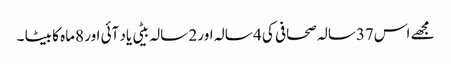
مجھے اس37سالہ صحافی کی 4 سالہ اور 2 سالہ بیٹی یاد آئی اور 8ماہ کا بیٹا ۔